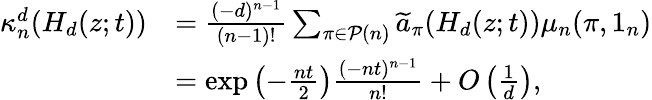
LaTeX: \begin{array}{rl}{\kappa_{n}^{d}(H_{d}(z;t))}&{=\frac{(-d)^{n-1}}{(n-1)!}\sum_{\pi\in\mathcal{P}(n)}\widetilde{a}_{\pi}(H_{d}(z;t))\mu_{n}(\pi,1_{n})}\\ &{=\exp\left(-\frac{nt}{2}\right)\frac{(-nt)^{n-1}}{n!}+O\left(\frac{1}{d}\right),}\end{array}